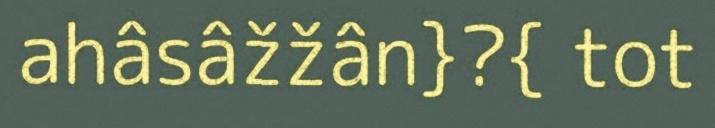
ahâsâžžân}?{ tot